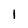
Character: I